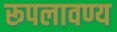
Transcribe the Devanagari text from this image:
रूपलावण्य